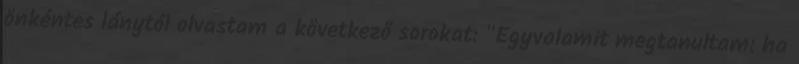
önkéntes lánytól olvastam a következő sorokat: "Egyvalamit megtanultam: ha